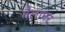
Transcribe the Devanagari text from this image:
गैलाघर